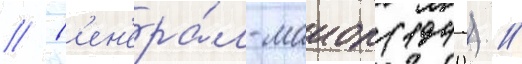
// Г'ен'ера́л-маиор (1940) //